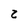
Character: 2